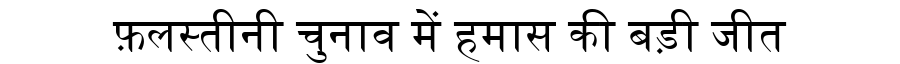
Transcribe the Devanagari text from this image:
फ़लस्तीनी चुनाव में हमास की बड़ी जीत